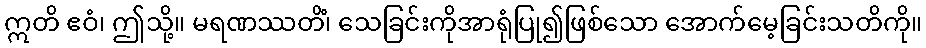
ဣတိ ဧဝံ၊ ဤသို့။ မရဏဿတိံ၊ သေခြင်းကိုအာရုံပြု၍ဖြစ်သော အောက်မေ့ခြင်းသတိကို။